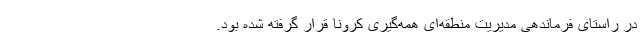
در راستای فرماندهی مدیریت منطقه‌ای همه‌گیری کرونا قرار گرفته شده بود.